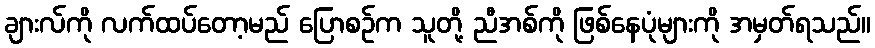
ချားလ်ကို လက်ထပ်တော့မည် ပြောစဉ်က သူတို့ ညီအစ်ကို ဖြစ်နေပုံများကို အမှတ်ရသည်။